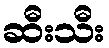
ဆီးသီး